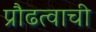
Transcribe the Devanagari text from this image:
प्रौढत्वाची